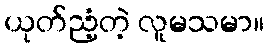
ယုတ်ညံ့တဲ့ လူမသမာ။